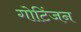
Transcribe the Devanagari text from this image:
गोटिंजन